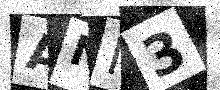
Text: ANM3